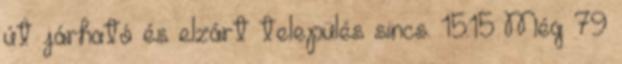
út járható és elzárt település sincs. 15:15 Még 79